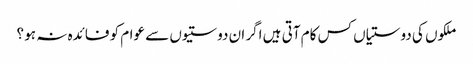
ملکوں کی دوستیاں کس کام آتی ہیں اگر ان دوستیوں سے عوام کو فائدہ نہ ہو ؟